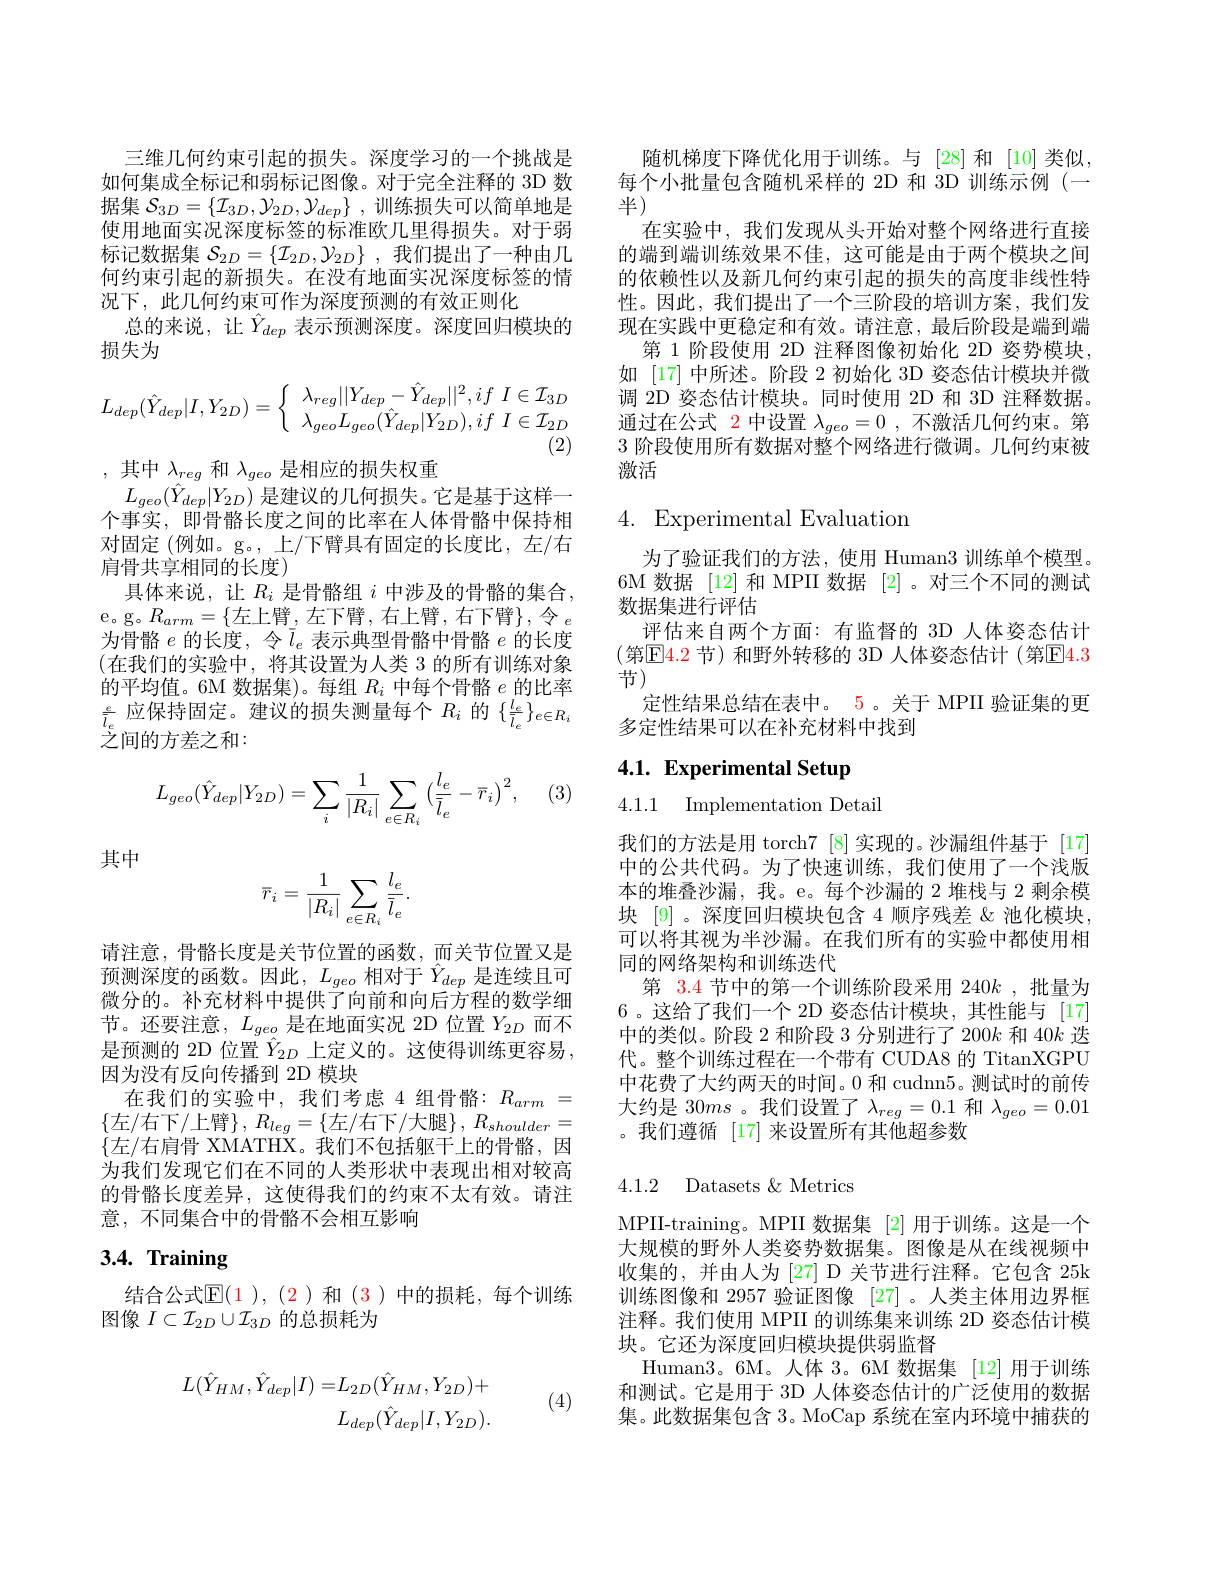
$$L_{dep}(\hat{Y}_{dep}|I,Y_{2D})=\left\{\begin{array}{c}\lambda_{reg}||Y_{dep}-\hat{Y}_{dep}||^2,if\:I\in\mathcal{I}_{3D}\\\lambda_{geo}L_{geo}(\hat{Y}_{dep}|Y_{2D}),if\:I\in\mathcal{I}_{2D}\end{array}\right.$$
(2)

三维几何约束引起的损失。深度学习的一个挑战是如何集成全标记和弱标记图像。对于完全注释的 3D 数据集$\mathcal{S}_{3D}=\left\{\mathcal{I}_{3D},\mathcal{Y}_{2D},\mathcal{Y}_{dep}\right\}$,训练损失可以简单地是使用地面实况深度标签的标准欧几里得损失。对于弱标记数据集$\mathcal{S}_2D=\{\mathcal{I}_{2D},\mathcal{Y}_{2D}\}$ ,我们提出了一种由几何约束引起的新损失。在没有地面实况深度标签的情况下，此几何约束可作为深度预测的有效正则化
总的来说，让$\hat{Y}_{dep}$ 表示预测深度。深度回归模块的
损失为
,其中$\lambda_reg$ 和$\lambda_{geo}$ 是相应的损失权重
$L_{geo}(\hat{Y}_{dep}|Y_{2D})$是建议的几何损失。它是基于这样一个事实，即骨骼长度之间的比率在人体骨骼中保持相对固定 (例如。g。,上/下臂具有固定的长度比，左/右肩骨共享相同的长度)
具体来说，让$R_i$是骨骼组$i$中涉及的骨骼的集合， e。g。$R_arm=\{$左上臂，左下臂，右上臂，右下臂$\}$,令$_e$ 为骨骼$e$的长度，令$\bar{l}_e$表示典型骨骼中骨骼$e$的长度(在我们的实验中，将其设置为人类 3 的所有训练对象的平均值。6M 数据集)。每组$R_i$中每个骨骼$e$的比率$\frac{e}{l_{e}}$应保持固定。建议的损失测量每个$R_i$ 的$\left\{\frac l{e}{\bar{l}_{e}}\right\}_{e\in R_{i}}$ 之间的方差之和：
$$L_{geo}(\hat{Y}_{dep}|Y_{2D})=\sum_{i}\frac{1}{|R_{i}|}\sum_{e\in R_{i}}\left(\frac{l_{e}}{\bar{l}_{e}}-\overline{r}_{i}\right)^{2},$$
(3,

其中
$$\overline{r}_i=\frac{1}{|R_i|}\sum_{e\in R_i}\frac{l_e}{\overline{l}_e}.$$
请注意，骨骼长度是关节位置的函数，而关节位置又是预测深度的函数。因此，$L_geo$相对于$\hat{Y}_dep$是连续且可微分的。补充材料中提供了向前和向后方程的数学细节。还要注意，$L_geo$是在地面实况 2D 位置$Y_{2D}$而不是预测的 2D 位置 $\hat{Y}_{2D}$ 上定义的。这使得训练更容易， 因为没有反向传播到 2D 模块
在我们的实验中，我们考虑4组骨骼：$R_arm=$ $\{$左/右下/上臂$\} $, $R_leg= \{$左/右下/大腿$\} $, $R_shoulder=$ $\{$左/右肩骨 XMATHX。我们不包括躯干上的骨骼，因为我们发现它们在不同的人类形状中表现出相对较高的骨骼长度差异，这使得我们的约束不太有效。请注意，不同集合中的骨骼不会相互影响

# $3. 4. \textbf{ Training}$

结合公式$\mathbb{E}(1),(2)$ 和(3)中的损耗，每个训练
图像$I\subset\mathcal{I}_{2D}\cup\mathcal{I}_{3D}$的总损耗为

(4)
$$\begin{aligned}L(\hat{Y}_{HM},\hat{Y}_{dep}|I)=&L_{2D}(\hat{Y}_{HM},Y_{2D})+\\&L_{dep}(\hat{Y}_{dep}|I,Y_{2D}).\end{aligned}$$
随机梯度下降优化用于训练。与[28]和 [10]类似， 每个小批量包含随机采样的 2D 和 3D 训练示例 (一半)
在实验中，我们发现从头开始对整个网络进行直接的端到端训练效果不佳，这可能是由于两个模块之间的依赖性以及新几何约束引起的损失的高度非线性特性。因此，我们提出了一个三阶段的培训方案，我们发现在实践中更稳定和有效。请注意，最后阶段是端到端
第 1 阶段使用 2D 注释图像初始化 2D 姿势模块如 [17] 中所述。阶段 2 初始化 3D 姿态估计模块并微调 2D 姿态估计模块。同时使用 2D 和 3D 注释数据。通过在公式 2 中设置$\lambda_{geo}=0$ ,不激活几何约束。第3阶段使用所有数据对整个网络进行微调。几何约束被激活

## 4. Experimental Evaluation

为了验证我们的方法，使用 Human3 训练单个模型。6M 数据 [12] 和 MPII 数据 [2]。对三个不同的测试数据集进行评估
评估来自两个方面：有监督的 3D 人体姿态估计(第$\boxed{\mathrm{E}}\color{red}{4.2\text{ 节)和野外转移的 3D 人体姿态估计 (第☑}4.3}$ 节)
定性结果总结在表中。5。关于 MPII 验证集的更
多定性结果可以在补充材料中找到

# 4.1. Experimental Setup

4.1.1 Implementation Detail

我们的方法是用 torch7 [8]实现的。沙漏组件基于 [17] 中的公共代码。为了快速训练，我们使用了一个浅版本的堆叠沙漏，我。e。每个沙漏的 2 堆栈与 2 剩余模块 [9]。深度回归模块包含 4 顺序残差 &池化模块可以将其视为半沙漏。在我们所有的实验中都使用相同的网络架构和训练迭代
第$\color{red}{3.4}$节中的第一个训练阶段采用 240$k$ ,批量为6 。这给了我们一个 2D 姿态估计模块，其性能与 [17] 中的类似。阶段 2 和阶段 3 分别进行了 200$k$和 40$k$迭代。整个训练过程在一个带有 CUDA8 的 TitanXGPU 中花费了大约两天的时间。0 和 cudnn5。测试时的前传大约是 30ms 。我们设置了$\lambda_reg=0.1$和$\lambda_geo=0.01$ 。我们遵循 [17] 来设置所有其他超参数

4.1.2 Datasets $\&$ Metrics

MPII-training。MPII 数据集 [2] 用于训练。这是一个大规模的野外人类姿势数据集。图像是从在线视频中收集的，并由人为[27] D 关节进行注释。它包含25k 训练图像和 2957 验证图像[27] 。人类主体用边界框注释。我们使用 MPII 的训练集来训练 2D 姿态估计模块。它还为深度回归模块提供弱监督
Human3。6M。人体 3。6M 数据集 [12] 用于训练和测试。它是用于 3D 人体姿态估计的广泛使用的数据集。此数据集包含 3。MoCap 系统在室内环境中捕获的